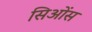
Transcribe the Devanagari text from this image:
सिओंस